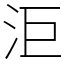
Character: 洰